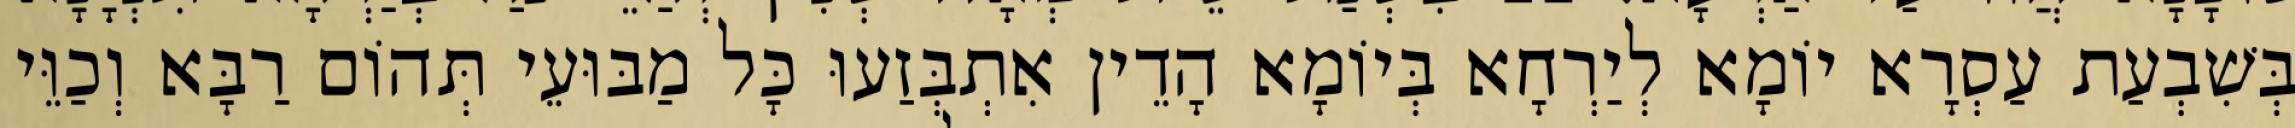
בְּשִׁבְעַת עַסְרָא יוֹמָא לְיַרְחָא בְּיוֹמָא הָדֵין אִתְבְּזַעוּ כָּל מַבּוּעֵי תְּהוֹם רַבָּא וְכַוֵּי